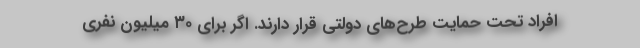
افراد تحت حمایت طرح‌های دولتی قرار دارند. اگر برای ۳۰ میلیون نفری